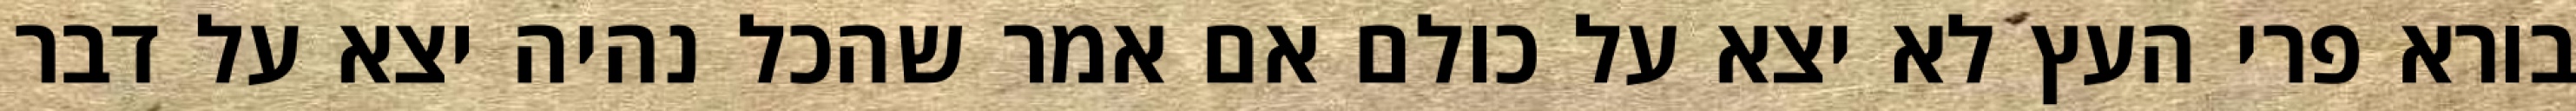
בורא פרי העץ לא יצא על כולם אם אמר שהכל נהיה יצא על דבר